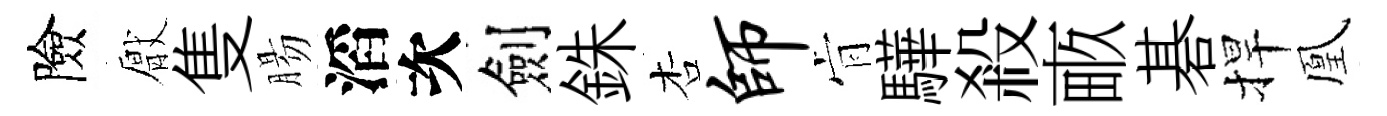
險厭隻腸滔次劍銖杏师肻驊殺畞碁捍凰